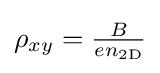
{\textstyle \rho _{xy}={\frac {B}{en_{\rm {2D}}}}}